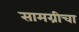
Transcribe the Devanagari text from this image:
सामग्रीचा